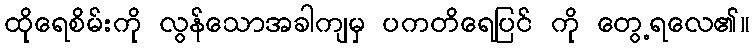
ထိုရေစိမ်းကို လွန်သောအခါကျမှ ပကတိရေပြင် ကို တွေ့ရလေ၏။